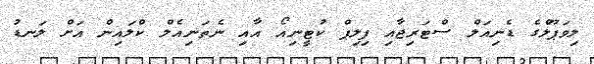
ލިވަޕޫލްގެ ޑެނިއަލް ސްޓަރިޖާއި ފިލިޕް ކުޓީނިއޯ އާއި ނެތަނިއެލް ކްލައިން އަށް ލަނޑު